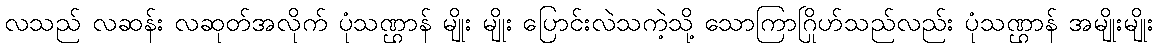
လသည် လဆန်း လဆုတ်အလိုက် ပုံသဏ္ဌာန် မျိုး မျိုး ပြောင်းလဲသကဲ့သို့ သောကြာဂြိုဟ်သည်လည်း ပုံသဏ္ဌာန် အမျိုးမျိုး